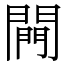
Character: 闁